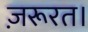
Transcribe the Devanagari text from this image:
ज़रूरत।